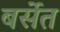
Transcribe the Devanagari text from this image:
बर्सेत